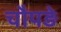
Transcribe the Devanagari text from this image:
चौपड़े